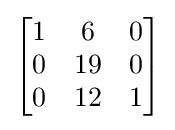
{\begin{bmatrix}1&6&0\\0&19&0\\0&12&1\end{bmatrix}}